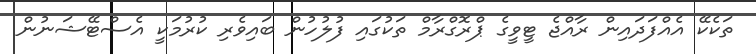
ތަކެކޭ އެއްފަދައިން ރާއްޖެ ޓީވީގެ ޕްރޮގްރާމް ތަކުގައި ފުލުހުން ބައިވެރި ކުރުމަކީ އެސްޓޭޝަނުން